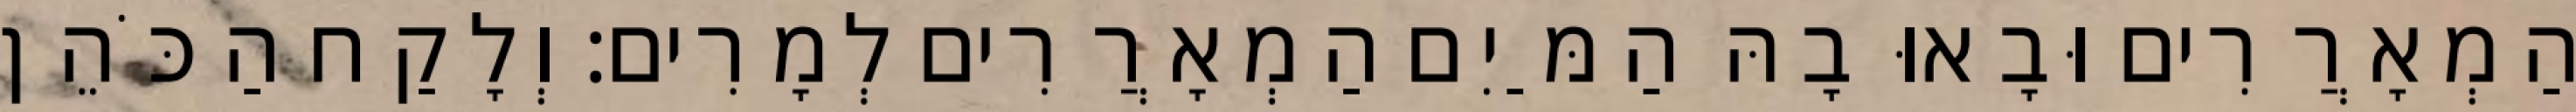
הַמְאָרֲרִים וּבָאוּ בָהּ הַמַּיִם הַמְאָרֲרִים לְמָרִים׃ וְלָקַח הַכֹּהֵן